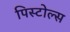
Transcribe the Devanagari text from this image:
पिस्टोल्स